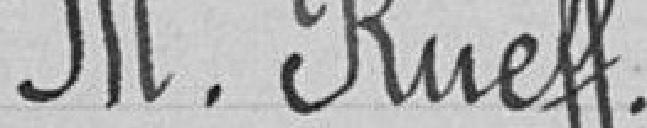
Monsieur Rueff.